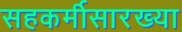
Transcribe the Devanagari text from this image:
सहकर्मीसारख्या